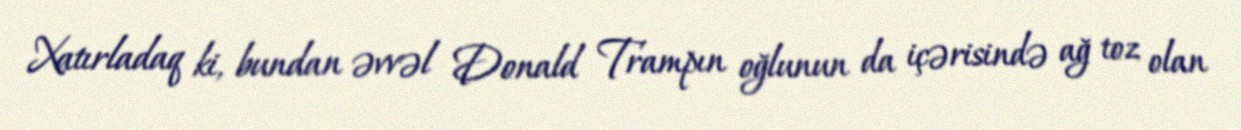
Xatırladaq ki, bundan əvvəl Donald Trampın oğlunun da içərisində ağ toz olan